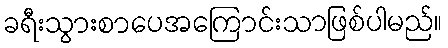
ခရီးသွားစာပေအကြောင်းသာဖြစ်ပါမည်။